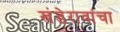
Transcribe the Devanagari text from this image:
खंडेरावांचा